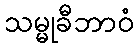
သမ္မုခီဘာဝံ